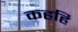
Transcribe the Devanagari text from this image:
कहहि